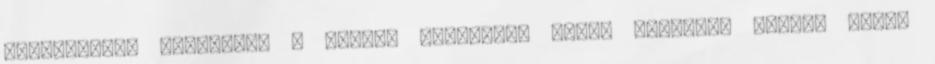
megtanulták használni a niando gyökerét, amely mámorító érzést nyújt